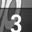
Digit: 3